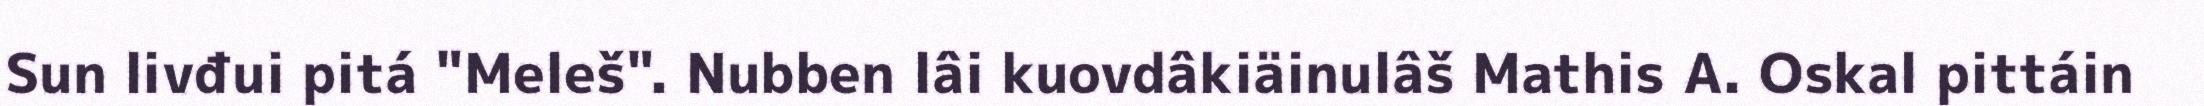
Sun livđui pitá "Meleš". Nubben lâi kuovdâkiäinulâš Mathis A. Oskal pittáin